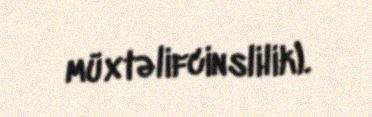
müxtəlifcinslilik).